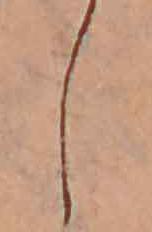
し